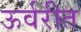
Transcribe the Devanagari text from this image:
ऊर्वरीत